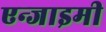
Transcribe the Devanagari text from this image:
एन्जाइमी